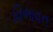
વિભાવન